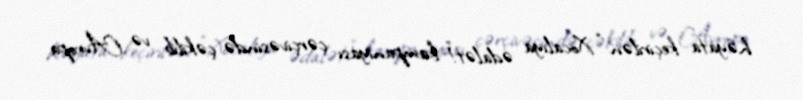
həyata keçirilən “Xocalıya ədalət!” kampaniyası çərçivəsində çəkilib və Avropa